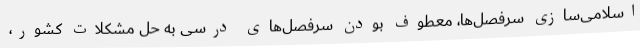
اسلامی‌سازی سرفصل‌ها، معطوف بودن سرفصل‌های درسی به حل مشکلات کشور،